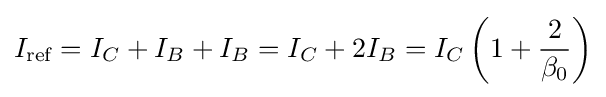
I_{\text{ref}}=I_{C}+I_{B}+I_{B}=I_{C}+2I_{B}=I_{C}\left(1+{\frac {2}{\beta _{0}}}\right)